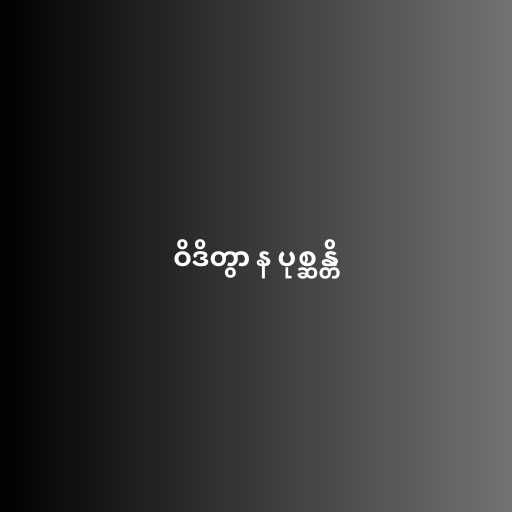
ဝိဒိတွာ န ပုစ္ဆန္တိ